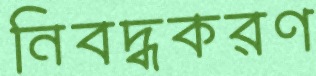
নিবদ্ধকরণ